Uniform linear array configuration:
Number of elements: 32
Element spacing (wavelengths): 1
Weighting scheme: kaiser
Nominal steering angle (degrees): -60
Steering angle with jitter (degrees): -61.15
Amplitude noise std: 0.05
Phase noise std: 0.05

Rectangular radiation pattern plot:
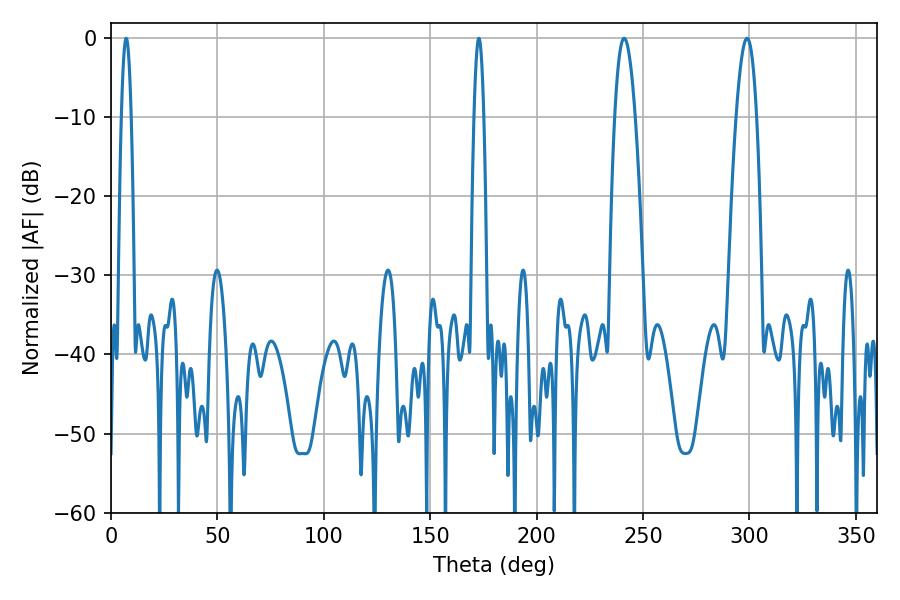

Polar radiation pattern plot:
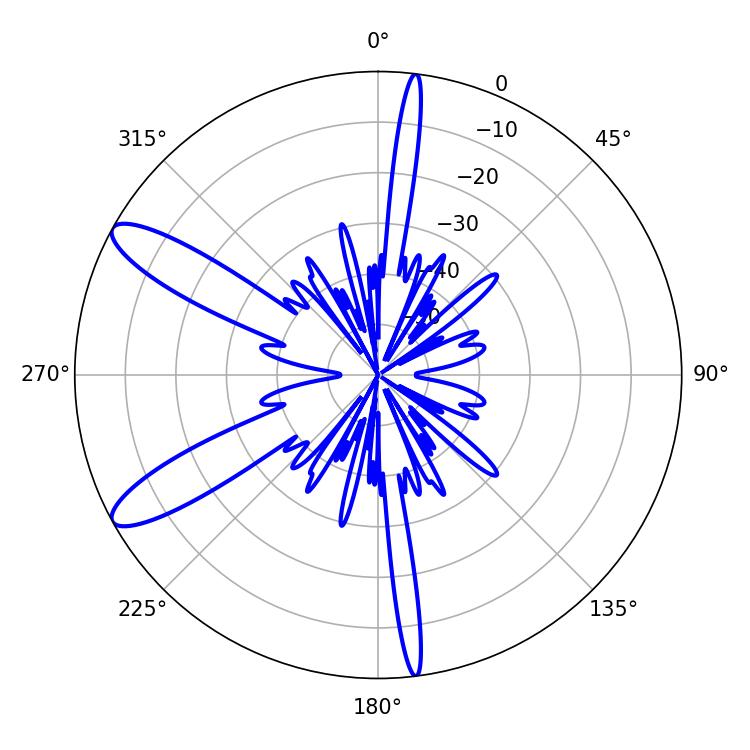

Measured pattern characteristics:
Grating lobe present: TRUE
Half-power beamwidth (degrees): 5.22
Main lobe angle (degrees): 298.8